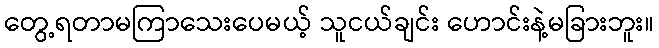
တွေ့ရတာမကြာသေးပေမယ့် သူငယ်ချင်း ဟောင်းနဲ့မခြားဘူး။